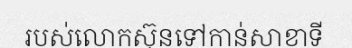
របស់លោកស៊ុនទៅកាន់សាខាទី